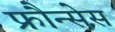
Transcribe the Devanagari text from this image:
फ्रौन्सेस